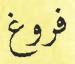
فروغ